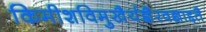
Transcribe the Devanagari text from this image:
किमीशविमुखैर्यज्ञैरवज्ञाद्दतै